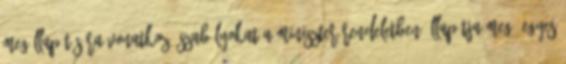
megállapítására vonatkozó szabályokat a miniszter rendeletben állapítja meg. Egyes